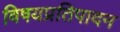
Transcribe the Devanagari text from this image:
विषयप्रतिपादन